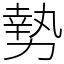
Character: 𫝑